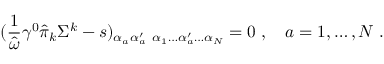
( { \frac { 1 } { \hat { \omega } } } \gamma ^ { 0 } \hat { \pi } _ { k } \Sigma ^ { k } - s ) _ { \alpha _ { a } \alpha _ { a } ^ { \prime } } { \bf \Psi } _ { \alpha _ { 1 } \ldots \alpha _ { a } ^ { \prime } \ldots \alpha _ { N } } = 0 \; , \quad a = 1 , \ldots , N \; .